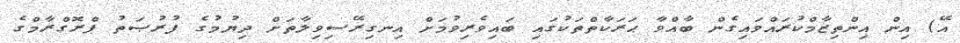
އޭ) އިން އިންތިޒާމްކުރައްވައިގެން ބާއްވާ ޙަރަކާތްތަކުގައި ބައިވެރިވުމަށް އިނގިރޭސިވިލާތަށް ދިޔުމުގެ ފުރުޞަތު ޕްރޮގްރާމްގެ